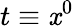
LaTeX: t\equiv\mathit{x}^{0}